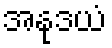
အနုဒယံ